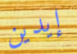
إيدين